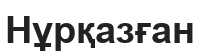
Нұрқазған